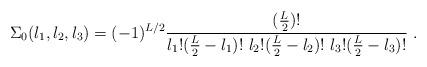
LaTeX: \begin{align*}\Sigma_{0}(l_{1},l_{2},l_{3})=(-1)^{L/2}\frac{(\frac{L}{2})!}{l_{1}!(\frac{L}{2}-l_{1})!\ l_{2}!(\frac{L}{2}-l_{2})!\ l_{3}!(\frac{L}{2}-l_{3})!}\ .\end{align*}